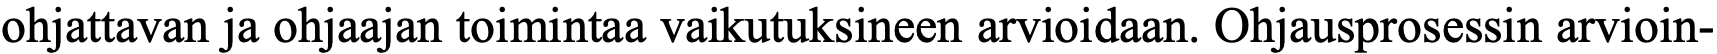
ohjattavan ja ohjaajan toimintaa vaikutuksineen arvioidaan. Ohjausprosessin arvioin-